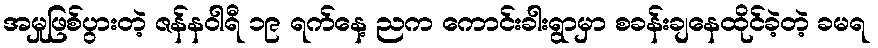
အမှုဖြစ်ပွားတဲ့ ဇန်နဝါရီ ၁၉ ရက်နေ့ ညက ကောင်းခါးရွာမှာ စခန်းချနေထိုင်ခဲ့တဲ့ ခမရ